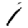
Digit: 1